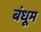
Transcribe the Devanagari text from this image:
बंधूम